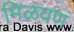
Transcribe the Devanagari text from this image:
मिळवणं